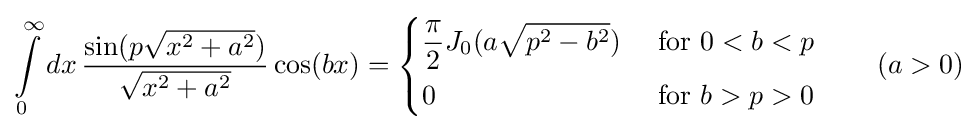
\int \limits _{0}^{\infty }dx\,{\frac {\sin(p{\sqrt {x^{2}+a^{2}}})}{\sqrt {x^{2}+a^{2}}}}\cos(bx)=\left\{{\begin{aligned}&{\frac {\pi }{2}}J_{0}(a{\sqrt {p^{2}-b^{2}}})&{\text{ for }}&0<b<p\\&0&{\text{ for }}&b>p>0\end{aligned}}\right.\qquad (a>0)